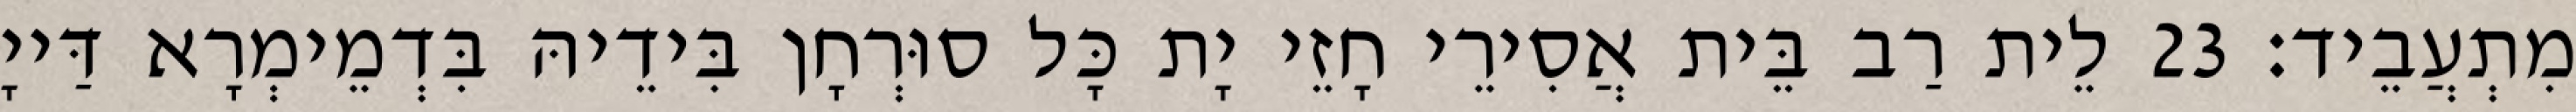
מִתְעֲבֵיד׃ 23 לֵית רַב בֵּית אֲסִירֵי חָזֵי יָת כָּל סוּרְחָן בִּידֵיהּ בִּדְמֵימְרָא דַּייָ